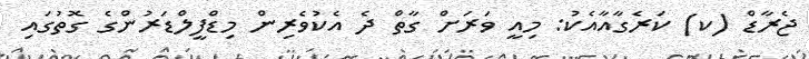
ޖެރާޑް (ކ) ކަރެގާއާއެކު: މިއީ ވަރަށް ގާތް ދެ އެކުވެރިން މިޑްފީލްޑަރުންގެ ގޮތުގައި